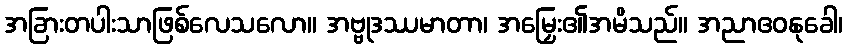
အခြားတပါးသာဖြစ်လေသလော။ အဗ္ဗုဒဿမာတာ၊ အမြှေး၏အမိသည်။ အညာဧဝနုခေါ၊